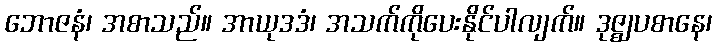
ဘောဇနံ၊ အစာသည်။ အာယုဒဒံ၊ အသက်ကိုပေးနိုင်ပါလျက်။ ဒုဇ္ဈပစာနေ၊